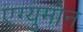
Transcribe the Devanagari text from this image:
एग्युमोन